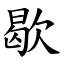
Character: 歇